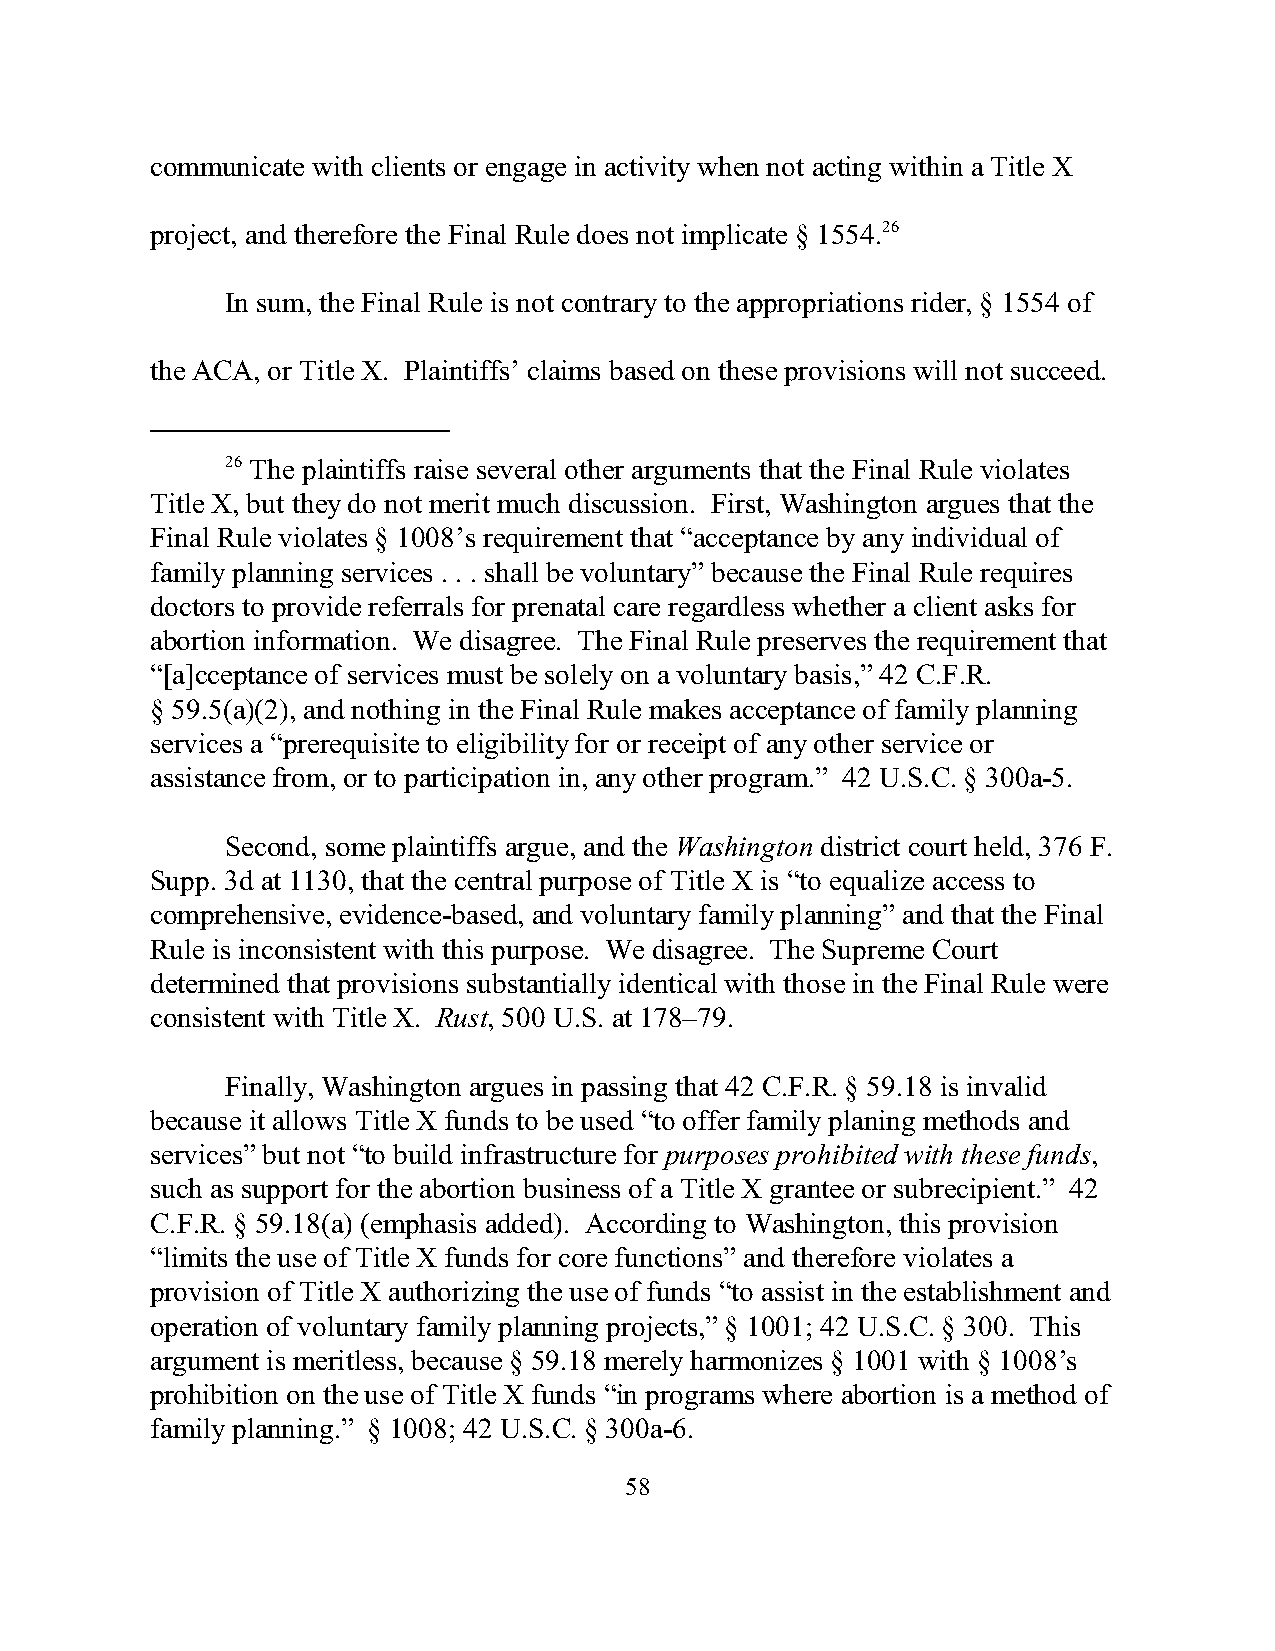
communicate with clients or engage in activity when not acting within a Title X
 project, and therefore the Final Rule does not implicate § 1554.26
 In sum, the Final Rule is not contrary to the appropriations rider, § 1554 of
 the ACA, or Title X. Plaintiffs’ claims based on these provisions will not succeed.
 26 The plaintiffs raise several other arguments that the Final Rule violates
 Title X, but they do not merit much discussion. First, Washington argues that the
 Final Rule violates § 1008’s requirement that “acceptance by any individual of
 family planning services . . . shall be voluntary” because the Final Rule requires
 doctors to provide referrals for prenatal care regardless whether a client asks for
 abortion information. We disagree. The Final Rule preserves the requirement that
 “[a]cceptance of services must be solely on a voluntary basis,” 42 C.F.R.
 § 59.5(a)(2), and nothing in the Final Rule makes acceptance of family planning
 services a “prerequisite to eligibility for or receipt of any other service or
 assistance from, or to participation in, any other program.” 42 U.S.C. § 300a-5.
 Second, some plaintiffs argue, and the Washington district court held, 376 F.
 Supp. 3d at 1130, that the central purpose of Title X is “to equalize access to
 comprehensive, evidence-based, and voluntary family planning” and that the Final
 Rule is inconsistent with this purpose. We disagree. The Supreme Court
 determined that provisions substantially identical with those in the Final Rule were
 consistent with Title X. Rust, 500 U.S. at 178–79.
 Finally, Washington argues in passing that 42 C.F.R. § 59.18 is invalid
 because it allows Title X funds to be used “to offer family planing methods and
 services” but not “to build infrastructure for purposes prohibited with these funds,
 such as support for the abortion business of a Title X grantee or subrecipient.” 42
 C.F.R. § 59.18(a) (emphasis added). According to Washington, this provision
 “limits the use of Title X funds for core functions” and therefore violates a
 provision of Title X authorizing the use of funds “to assist in the establishment and
 operation of voluntary family planning projects,” § 1001; 42 U.S.C. § 300. This
 argument is meritless, because § 59.18 merely harmonizes § 1001 with § 1008’s
 prohibition on the use of Title X funds “in programs where abortion is a method of
 family planning.” § 1008; 42 U.S.C. § 300a-6.
 58